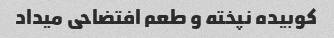
کوبیده نپخته و‌ طعم افتضاحی میداد